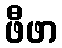
ဖီဖာ